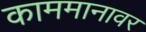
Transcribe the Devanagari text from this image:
काममानावर